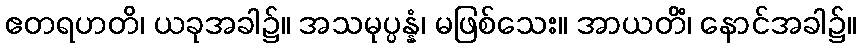
ဧတရဟတိ၊ ယခုအခါ၌။ အသမုပ္ပန္နံ၊ မဖြစ်သေး။ အာယတိံ၊ နောင်အခါ၌။